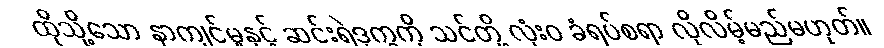
ထိုသို့သော နာကျင်မှုနှင့် ဆင်းရဲဒုက္ခကို သင်တို့ လုံးဝ ခံရပ်စရာ လိုလိမ့်မည်မဟုတ်။